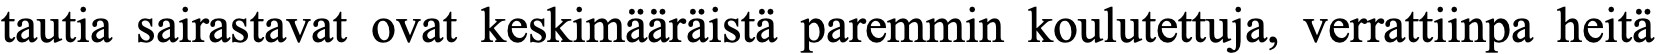
tautia sairastavat ovat keskimääräistä paremmin koulutettuja, verrattiinpa heitä